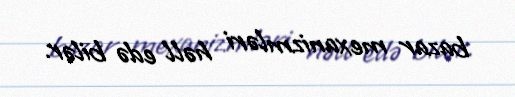
bazar mexanizmləri həll edə bilər.